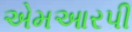
એમઆરપી